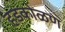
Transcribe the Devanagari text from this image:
हडकोळण